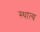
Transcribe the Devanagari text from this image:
स्थात्य